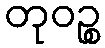
တုဝဉ္စ